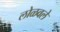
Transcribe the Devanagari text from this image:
लोळवले